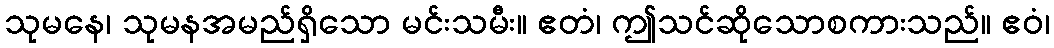
သုမနေ၊ သုမနအမည်ရှိသော မင်းသမီး။ ဧတံ၊ ဤသင်ဆိုသောစကားသည်။ ဧဝံ၊